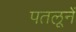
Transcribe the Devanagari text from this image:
पतलूनें